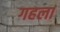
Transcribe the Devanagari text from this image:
गहला